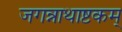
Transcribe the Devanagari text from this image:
जगन्नाथाष्टकम्